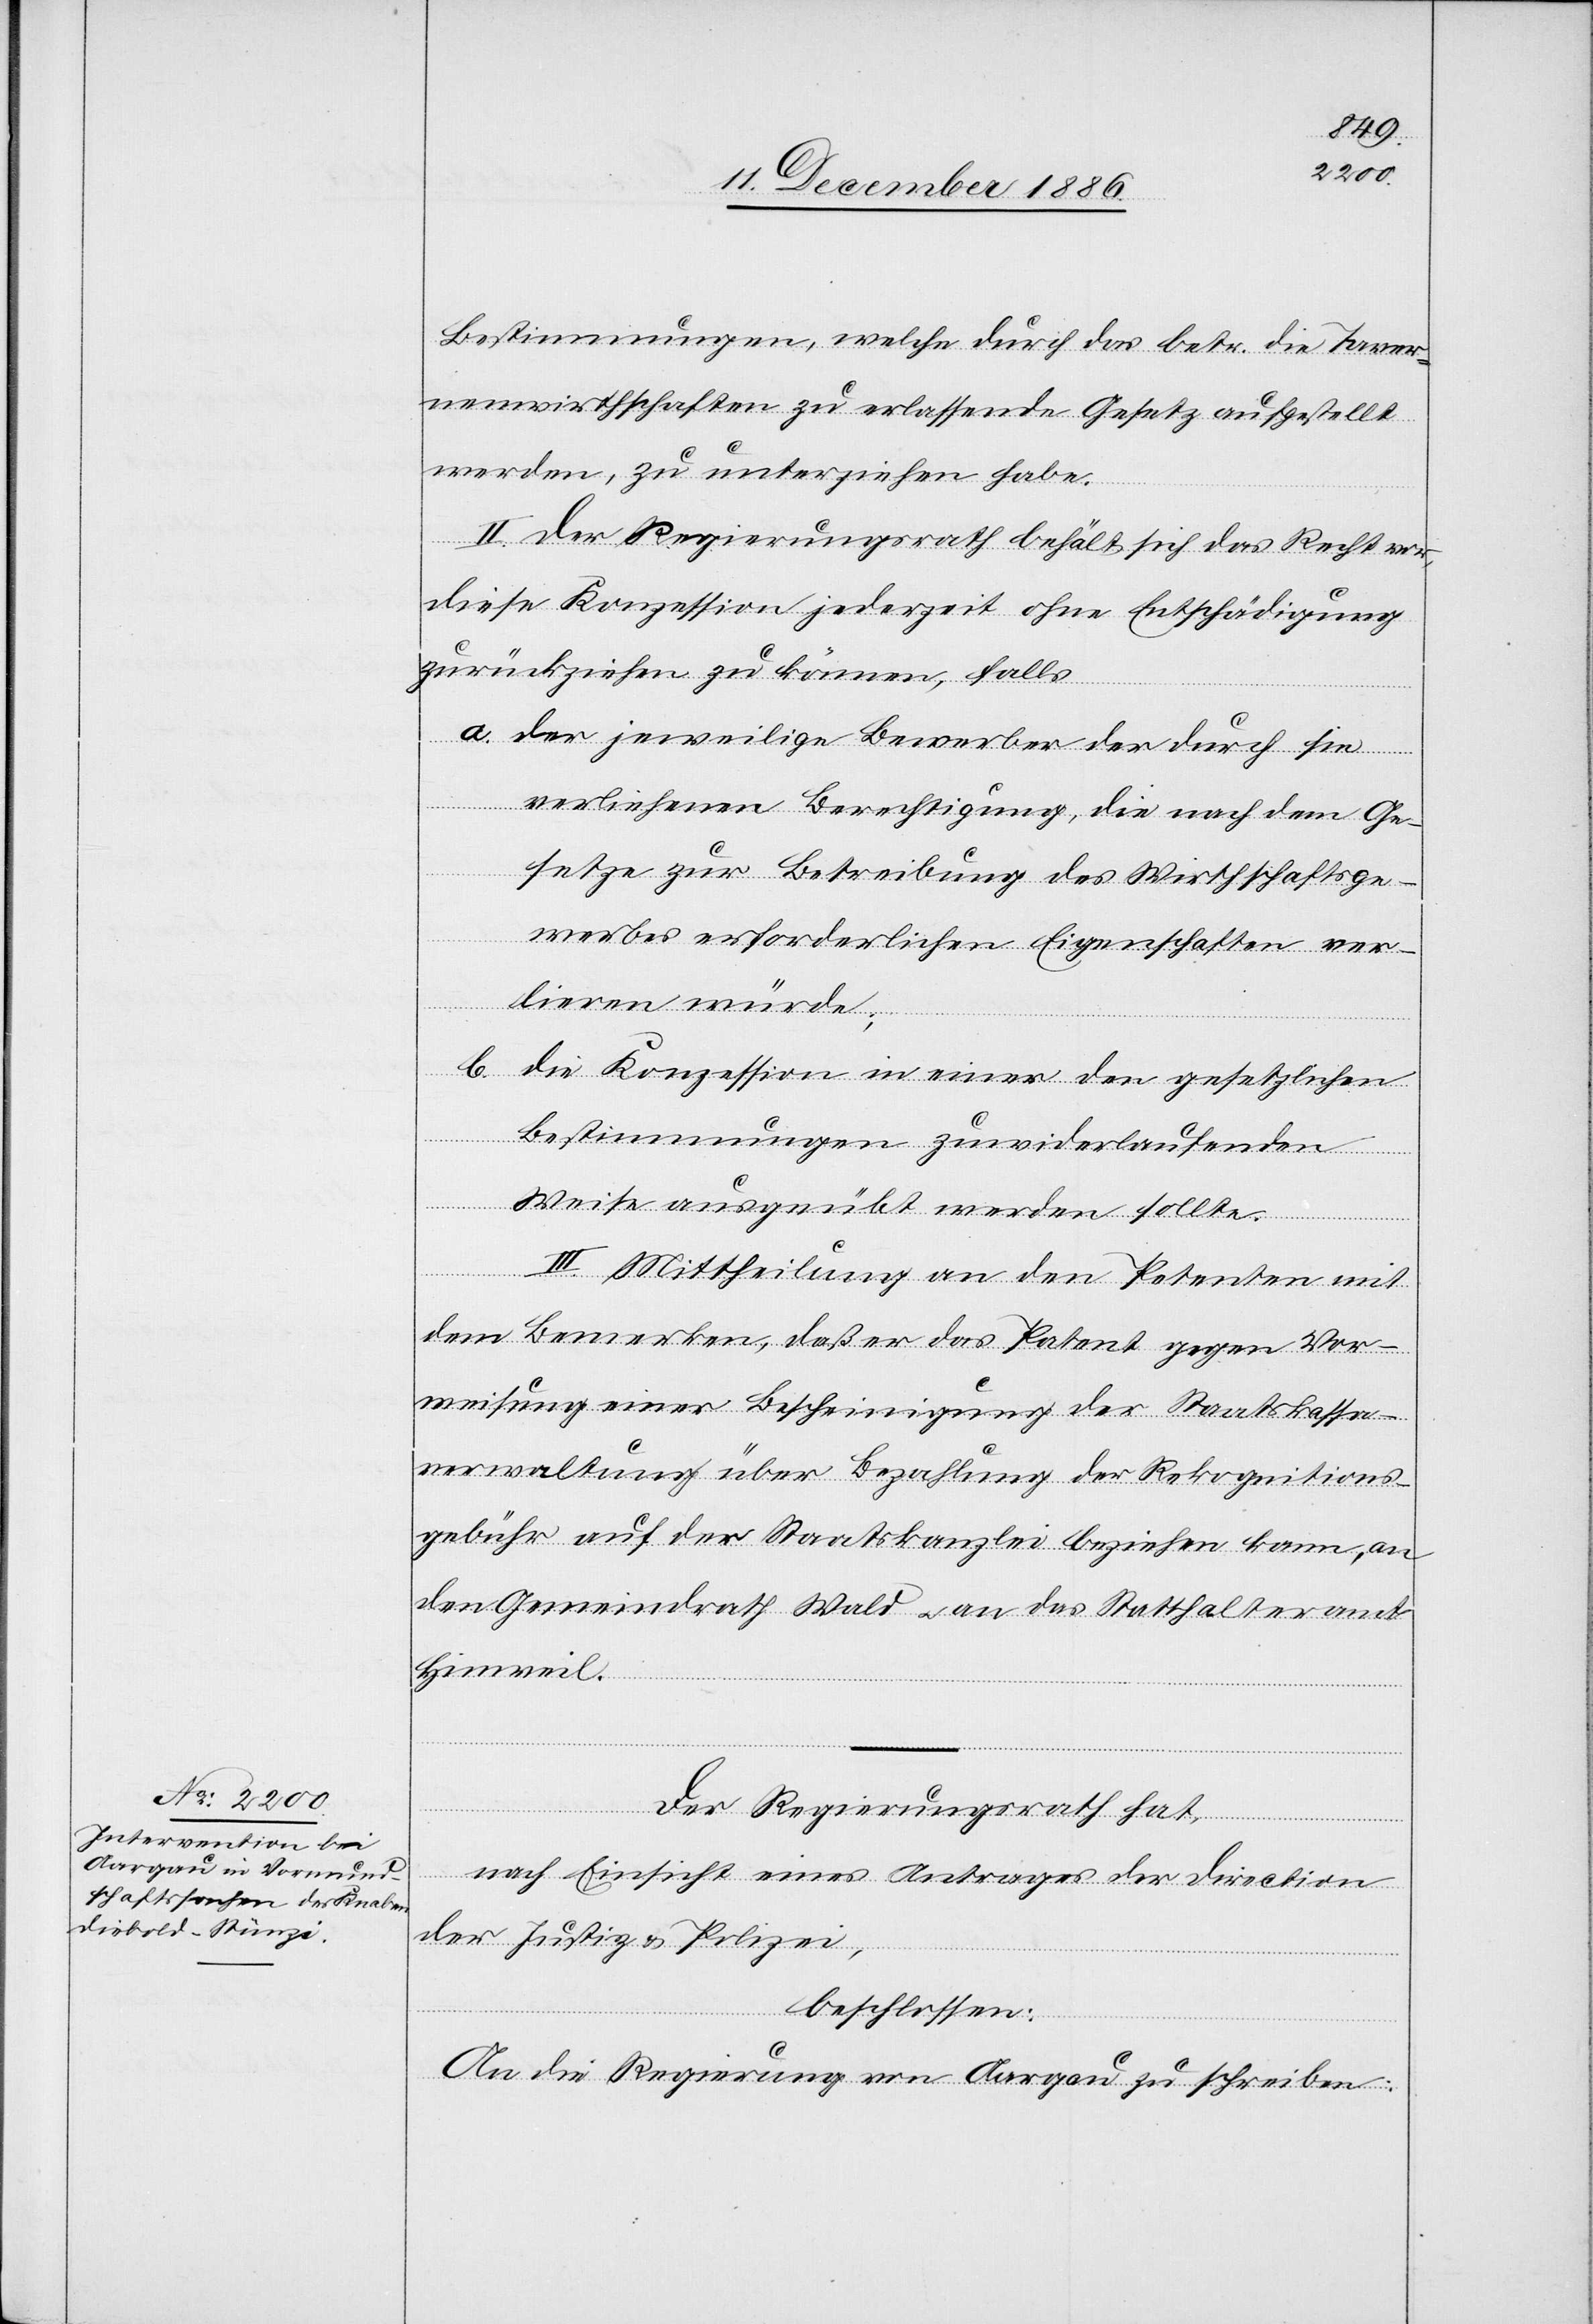
Bestimmungen, welche durch das betr. die Taver¬
nenwirthschaften zu erlassende Gesetz aufgestellt
werden, zu unterziehen habe.
II. Der Regierungsrath behält sich das Recht vor,
diese Konzession jederzeit ohne Entschädigung
zurückziehen zu können, falls
a. der jeweilige Bewerber der durch sie
verliehenen Berechtigung, die nach dem Ge¬
setze zur Betreibung des Wirthschaftsge¬
werbes erforderlichen Eigenschaften ver¬
lieren würde;
b. die Konzession in einer den gesetzlichen
Bestimmungen zuwiderlaufenden
Weise ausgeübt werden sollte.
III. Mittheilung an den Petenten mit
dem Bemerken, daß er das Patent gegen Vor¬
weisung einer Bescheinigung der Staatskassa¬
verwaltung über Bezahlung der Rekognitions¬
gebühr auf der Staatskanzlei beziehen kann, an
den Gemeindrath Wald & an das Statthalteramt
Hinweil.
Der Regierungsrath hat,
nach Einsicht eines Antrages der Direction
der Justiz & Polizei,
beschlossen:
An die Regierung von Aargau zu schreiben: